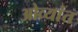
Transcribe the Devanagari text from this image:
ओव्यांत